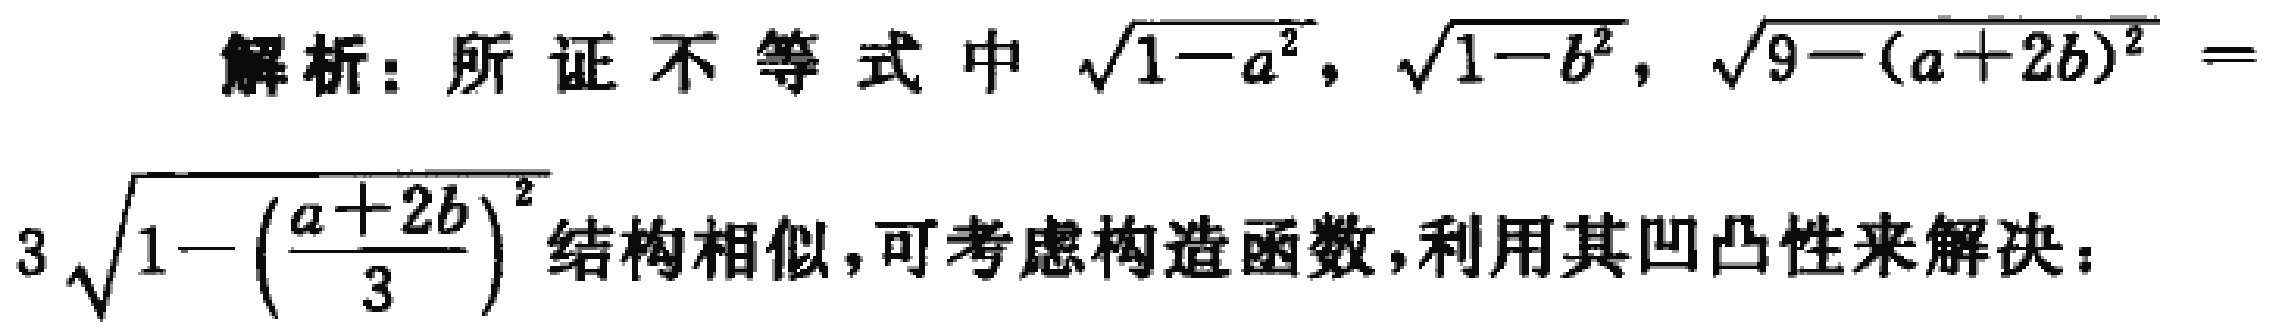
解析：所证不等式中 $\sqrt{1 - a^{2}}$，$\sqrt{1 - b^{2}}$，$\sqrt{9 - (a + 2b)^{2}} = 3\sqrt{1 - \left(\frac{a + 2b}{3}\right)^{2}}$ 结构相似，可考虑构造函数，利用其凹凸性来解决：